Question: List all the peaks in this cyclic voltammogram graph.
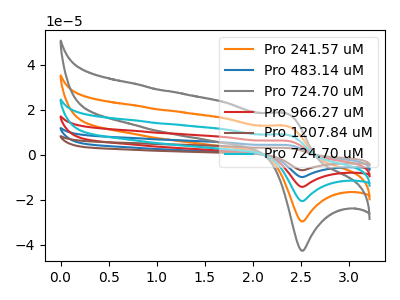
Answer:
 <answer>The orange curve "Pro 241.57 uM" has an anodic peak at (2.35V, 12.85uA) and a cathodic peak at (2.50V, -29.70uA). The blue curve "Pro 483.14 uM" has an anodic peak at (2.35V, 51.35uA) and a cathodic peak at (2.50V, -118.70uA). The gray curve "Pro 724.70 uM" has an anodic peak at (2.35V, 18.45uA) and a cathodic peak at (2.50V, -42.70uA). The red curve "Pro 966.27 uM" has an anodic peak at (2.35V, 38.50uA) and a cathodic peak at (2.50V, -89.05uA). The brown curve "Pro 1207.84 uM" has an anodic peak at (2.35V, 64.15uA) and a cathodic peak at (2.50V, -148.40uA). The cyan curve "Pro 724.70 uM" has an anodic peak at (2.35V, 25.65uA) and a cathodic peak at (2.50V, -59.35uA).</answer>
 <eval></eval>